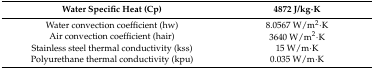
| Water Specific Heat (Cp) | 4872 J/kg·K |
 | --- | --- |
 | Water convection coefficient (hw) | 8.0567 W/m2·K |
 | Air convection coefficient (hair) | 3640 W/m2·K |
 | Stainless steel thermal conductivity (kss) | 15 W/m·K |
 | Polyurethane thermal conductivity (kpu) | 0.035 W/m·K |